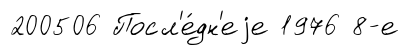
200506 Посл'е́дн'еjе 1976 8-е